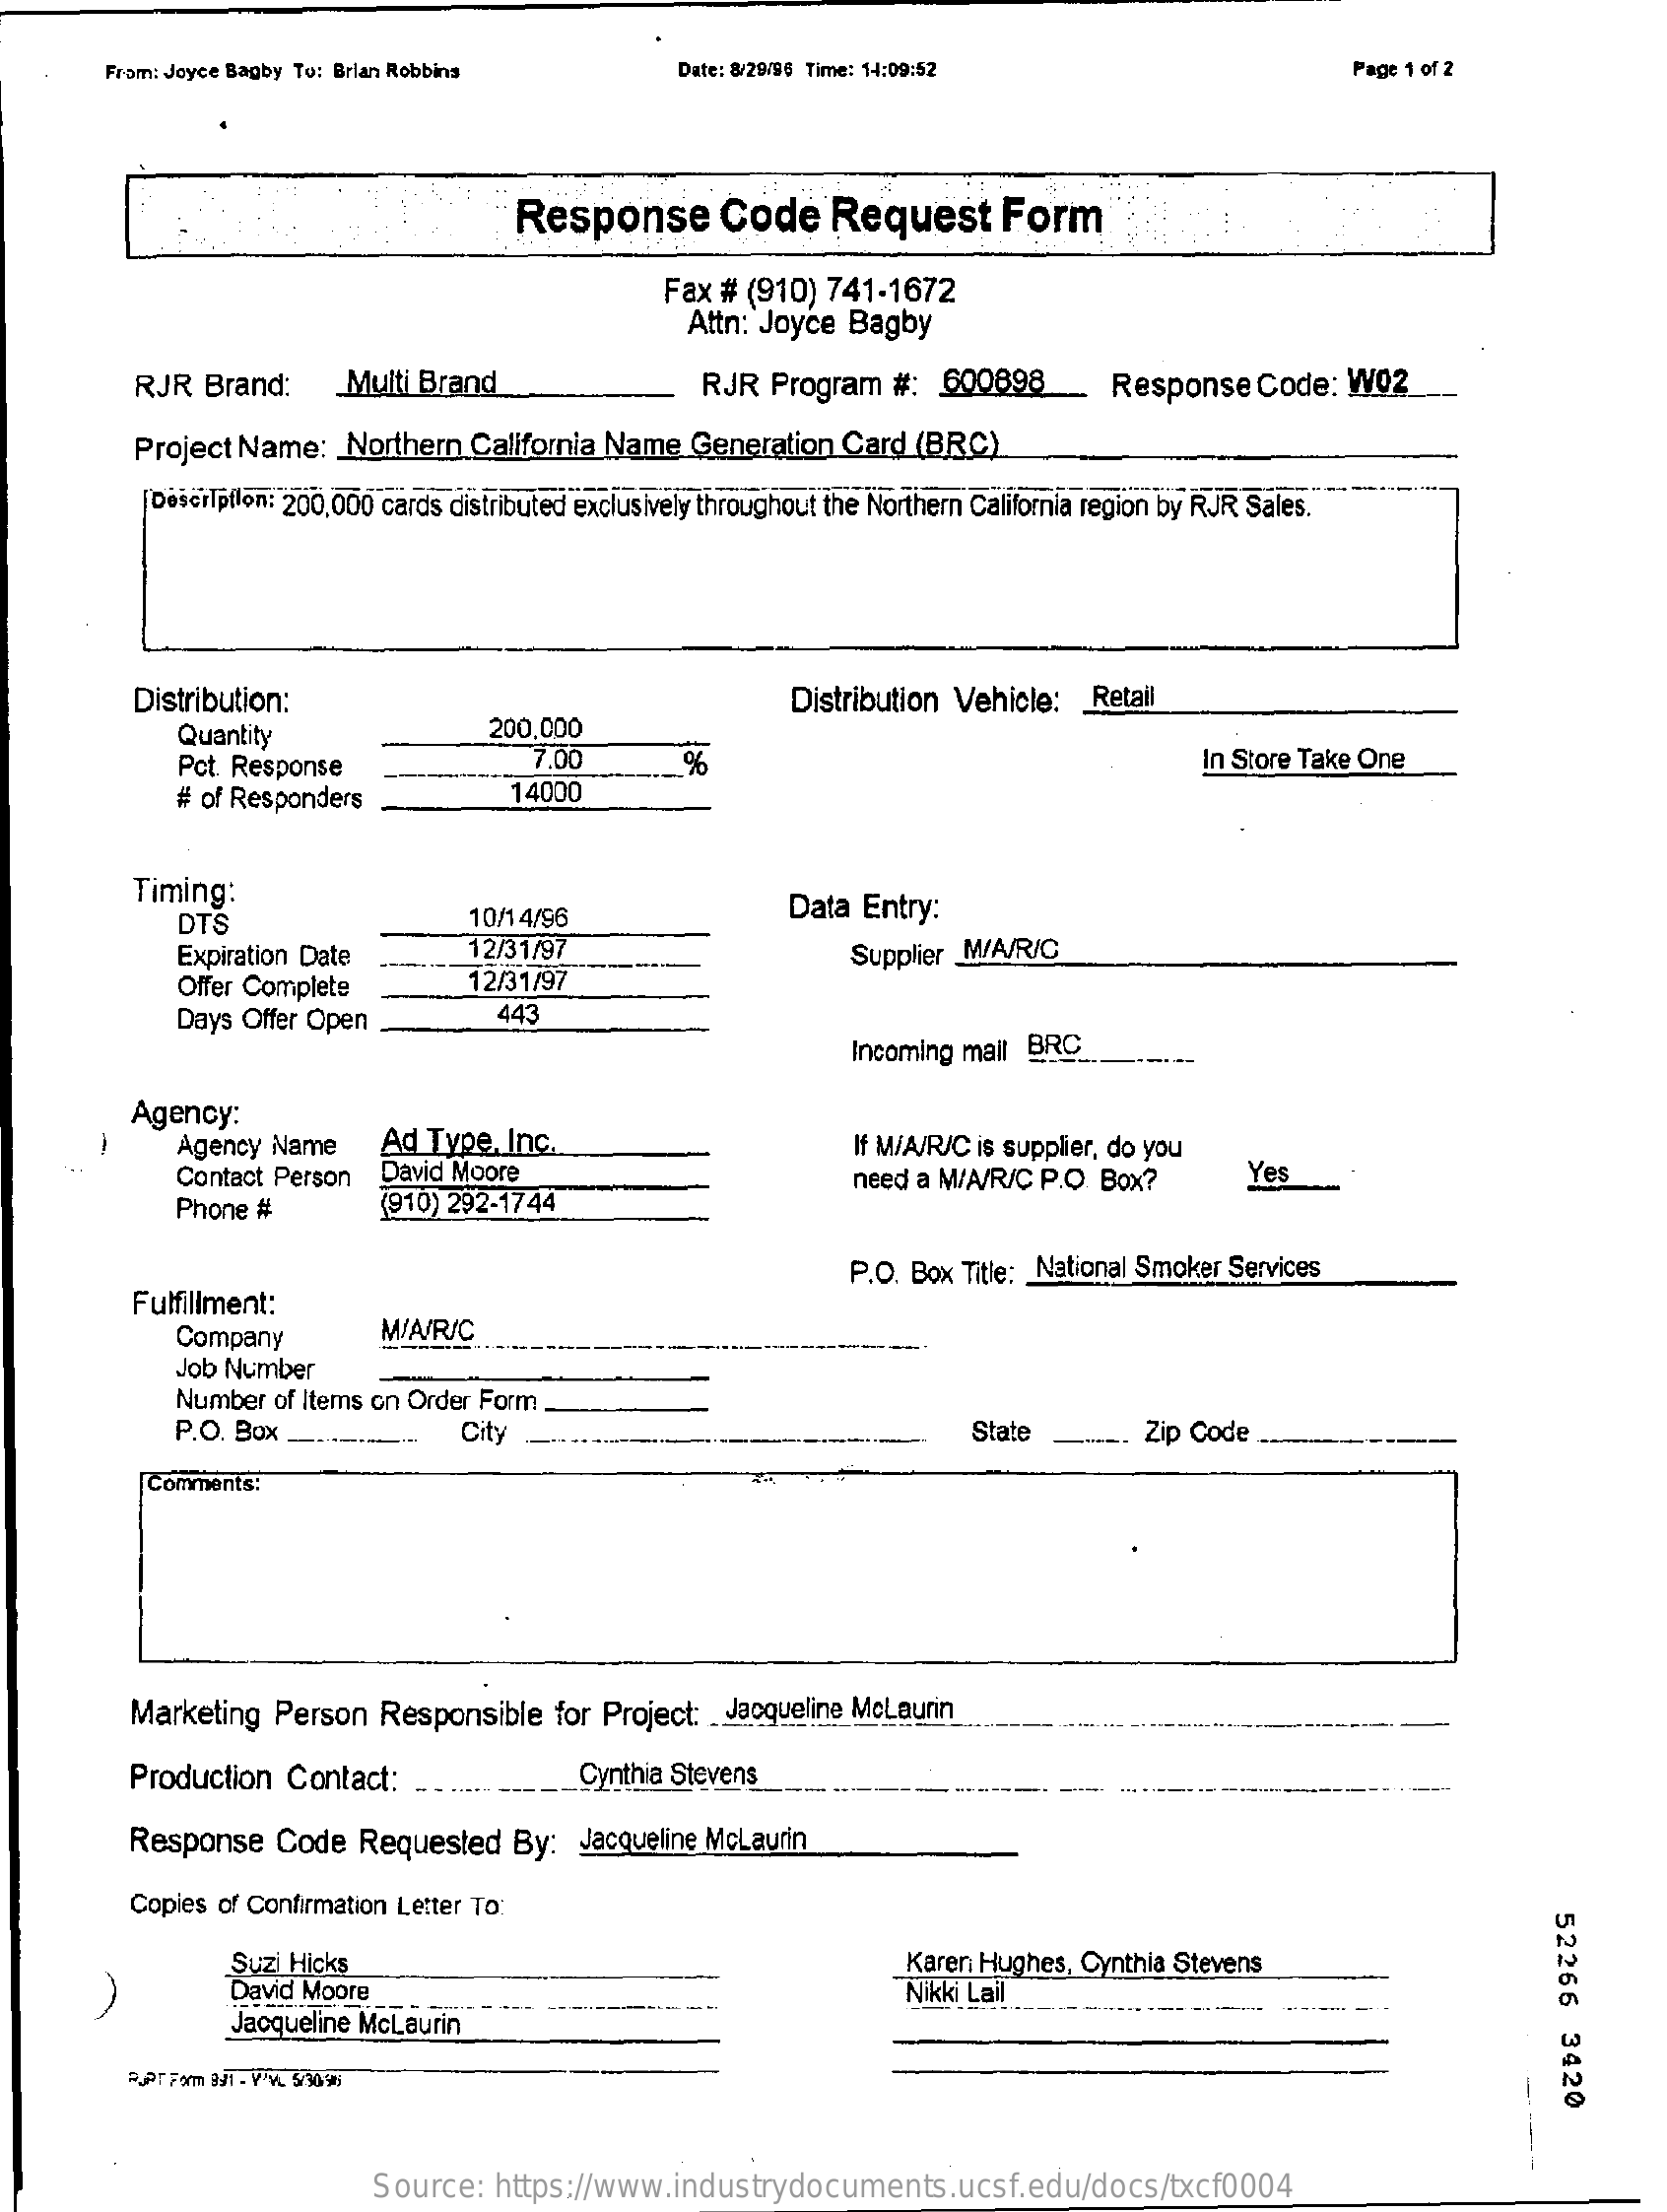
From: Joyce Bagby To: Brian Robbins    Date: 8/29/96 Time: 14:09:52    Page 1 of 2
     Response    Code    Request    Form
     Fax # (910)  741-1672
     Attn: Joyce Bagby
     RJR  Brand:    Multi Brand    RJR  Program   #:  600898_    Response    Code:  W02
     Project Name:    Northern  California Name   Generation  Card  (BRC)
     Description: 200,000 cards distributed exclusively throughout the Northern California region by RJR Sales.
     Distribution:
     Quantity    200,000
     Distribution Vehicle:   Retail
     Pct. Response    7.00    %    In Store Take One
     # of Responders    14000
     Timing:
     DTS    10/14/96    Data  Entry:
     Expiration Date    12/31/97
     Offer Complete    12/31/97
     Supplier M/A/R/C
     Days Offer Open    443
     Incoming mail BRC
     Agency:
     Agency Name    Ad  Type, Inc.    If MIA/R/C is supplier, do you
     Contact Person   David Moore    Yes
     Phone  #    (910) 292-1744
     need a M/A/R/C P.O. Box?
     Fulfillment:
     P.O. Box Title: National Smoker Services
     Company    MIAIRIC
     Job Number
     Number of Items on Order Form
     P.O. Box    City    State    Zip Code
     Comments:
     Marketing  Person  Responsible    for Project:  Jacqueline McLaurin
     Production   Contact:    Cynthia Stevens
     Response   Code   Requested   By:   Jacqueline McLaurin
     Copies of Confirmation Letter To:
     52266
     3420
     Suzi Hicks
     David Moore
     Karen Hughes, Cynthia Stevens
     Nikki Lail
     Jacqueline McLaurin
     -----    ----
     Source:   https://www.industrydocuments.ucsf.edu/docs/txcf0004